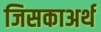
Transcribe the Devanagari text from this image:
जिसकाअर्थ